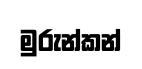
මුරුන්කන්